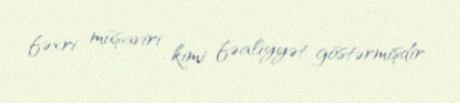
fəxri müşaviri kimi fəaliyyət göstərmişdir.